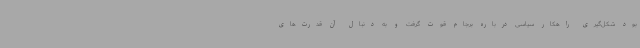
بود شکل‌گیری راهکار سیاسی درباره برجام قوت گرفت و به دنبال آن قدرت‌های